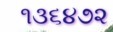
૧૩૬૪૭૨